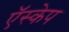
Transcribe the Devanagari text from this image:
ऍस्केप